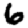
Digit: 6